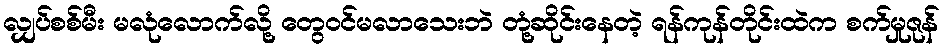
လျှပ်စစ်မီး မလုံလောက်လို့ တွေဝင်မလာသေးဘဲ တုံ့ဆိုင်းနေတဲ့ ရန်ကုန်တိုင်းထဲက စက်မှုဇုန်